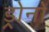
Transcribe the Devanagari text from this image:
ड्रोनों